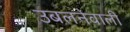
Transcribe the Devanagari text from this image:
उबलनेवाली